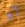
أو